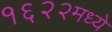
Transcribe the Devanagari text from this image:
१६२२मध्ये